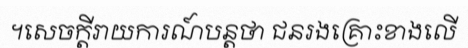
។សេចក្តីរាយការណ៍បន្តថា ជនរងគ្រោះខាងលើ